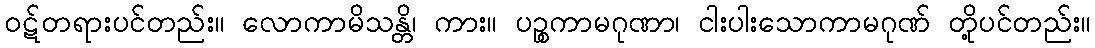
ဝဋ်တရားပင်တည်း။ လောကာမိသန္တိ၊ ကား။ ပဉ္စကာမဂုဏာ၊ ငါးပါးသောကာမဂုဏ် တို့ပင်တည်း။